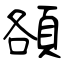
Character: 頟